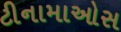
ટીનામાઓસ